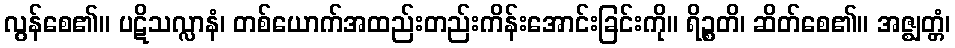
လွန်စေ၏။ ပဋိသလ္လာနံ၊ တစ်ယောက်အထည်းတည်းကိန်းအောင်းခြင်းကို။ ရိဉ္စတိ၊ ဆိတ်စေ၏။ အဇ္ဈတ္တံ၊